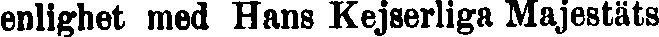
enlighet med Hans Kejserliga Majestäts